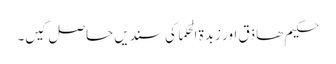
حکیم ھاذق اور زبدۃ الحکما کی سندیں حاصل کیں۔